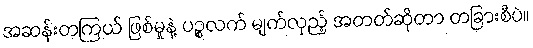
အဆန်းတကြယ် ဖြစ်မှုနဲ့ ပဉ္စလက် မျက်လှည့် အတတ်ဆိုတာ တခြားစီပဲ။